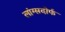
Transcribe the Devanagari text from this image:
लांग्सदोर्फ